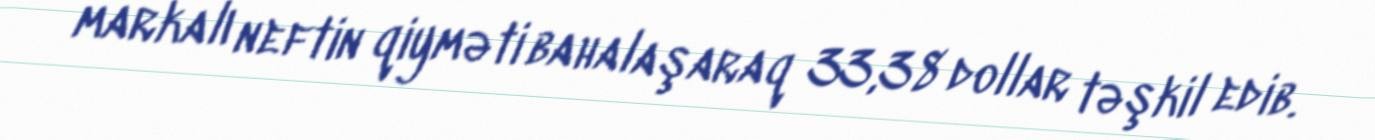
markalı neftin qiyməti bahalaşaraq 33,38 dollar təşkil edib.